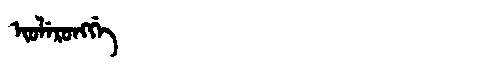
Manchu: ᡳᠣᠯᡝᡵᠣᠩᡤᡝ
Romanization: IOLERONGGE